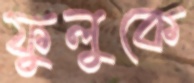
ফুলুকে